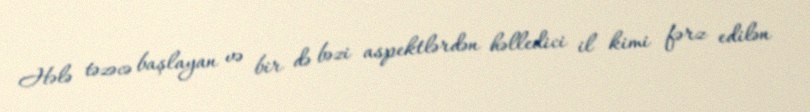
Hələ təzəcə başlayan və bir də bəzi aspektlərdən həlledici il kimi fərz edilən